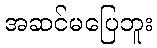
အဆင်မပြေဘူး